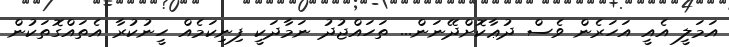
އަމަލީ އެއީ އަހަރެން ވެސް ދުޢާކޮށްދޭނަން... ތަހައްޖުދު ނަމާދަކީ ފިނިކަމެއް ހީނުކުރާ އެތައްގޮތަކުން